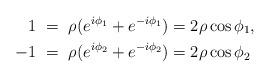
LaTeX: \begin{align*}1 \ & = \ \rho(e^{i\phi_1}+e^{-i\phi_1}) = 2\rho\cos\phi_1, \\-1 \ & = \ \rho(e^{i\phi_2}+e^{-i\phi_2}) = 2\rho\cos\phi_2\end{align*}